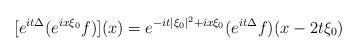
LaTeX: \begin{align*}[e^{it\Delta}(e^{ix\xi_0}f)](x) = e^{-it|\xi_0|^2+ix\xi_0}(e^{it\Delta}f)(x-2t\xi_0)\end{align*}